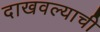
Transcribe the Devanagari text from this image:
दाखवल्याची